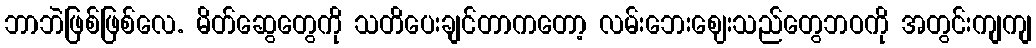
ဘာဘဲဖြစ်ဖြစ်လေ. မိတ်ဆွေတွေကို သတိပေးချင်တာကတော့ လမ်းဘေးဈေးသည်တွေဘဝကို အတွင်းကျကျ